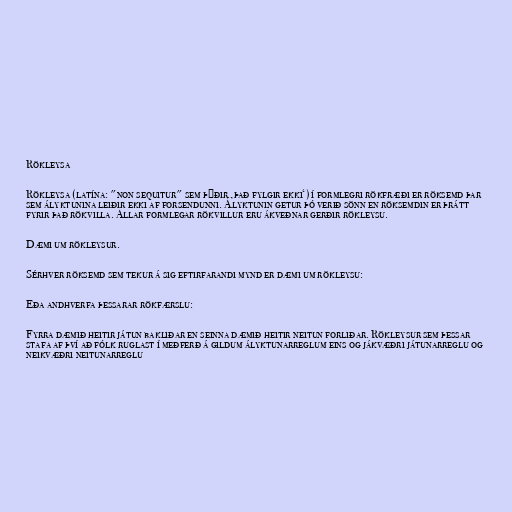
Rökleysa

Rökleysa (latína: "non sequitur" sem þýðir ‚það fylgir ekki‘) í formlegri rökfræði er röksemd þar
sem ályktunina leiðir ekki af forsendunni. Ályktunin getur þó verið sönn en röksemdin er þrátt
fyrir það rökvilla. Allar formlegar rökvillur eru ákveðnar gerðir rökleysu.

Dæmi um rökleysur.

Sérhver röksemd sem tekur á sig eftirfarandi mynd er dæmi um rökleysu:

Eða andhverfa þessarar rökfærslu:

Fyrra dæmið heitir játun bakliðar en seinna dæmið heitir neitun forliðar. Rökleysur sem þessar
stafa af því að fólk ruglast í meðferð á gildum ályktunarreglum eins og jákvæðri játunarreglu og
neikvæðri neitunarreglu